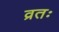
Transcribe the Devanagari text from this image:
व्रतः